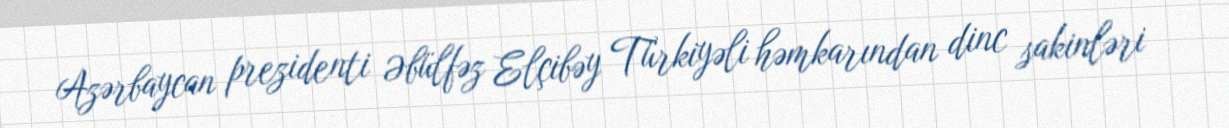
Azərbaycan prezidenti Əbülfəz Elçibəy Türkiyəli həmkarından dinc sakinləri